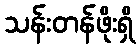
သန်းတန်ဖိုးရှိ